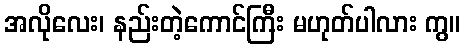
အလိုလေး၊ နည်းတဲ့ကောင်ကြီး မဟုတ်ပါလား ကွ။